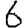
Digit: 6